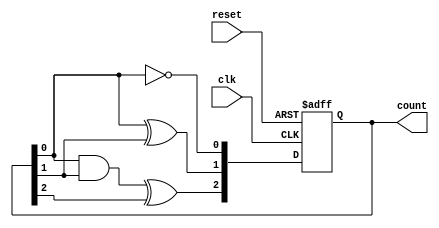
module async_counter (
    input wire clk,          // Clock input
    input wire reset,        // Asynchronous reset
    output reg [2:0] count   // 3-bit binary count output
);

// Always block triggered by the clock or reset
always @(posedge clk or posedge reset) begin
    if (reset) begin
        count <= 3'b000;     // Reset count to 0
    end else begin
        // Ripple counter logic
        count[0] <= ~count[0]; // Toggle the least significant bit
        count[1] <= count[0] ^ count[1]; // Toggle the second bit if LSB is high
        count[2] <= (count[0] & count[1]) ^ count[2]; // Toggle the third bit if both LSB and second bit are high
    end
end

endmodule